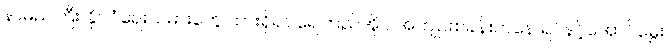
နာမည်ကြီး နိုင်ငံရေးသမားတွေ ထားရှိရာ ရေကြည်အိုင် အကျဉ်းစခန်းကနေ ရင်နင့်အောင်မွှေး